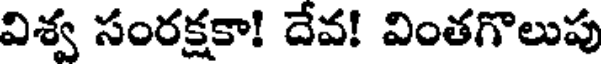
విశ్వ సంరక్షకా! దేవ! వింతగొలుపు